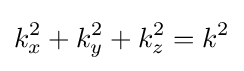
k_{x}^{2}+k_{y}^{2}+k_{z}^{2}=k^{2}